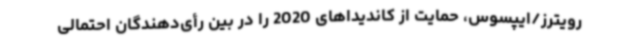
رویترز/ایپسوس، حمایت از کاندیداهای 2020 را در بین رأی‌دهندگان احتمالی